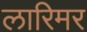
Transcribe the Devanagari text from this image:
लारिमर